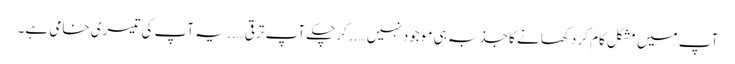
آپ میں مشکل کام کر دکھانے کا جذبہ ہی موجود نہیں….. کرچکے آپ ترقی….. یہ آپ کی تیسری خامی ہے۔